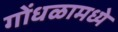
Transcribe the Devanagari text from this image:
गोंधळामध्ये